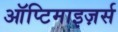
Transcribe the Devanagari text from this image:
ऑप्टिमाइज़र्स